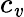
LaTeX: c_{\mathit{v}}